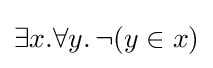
\exists x.\forall y.\,\neg (y\in x)